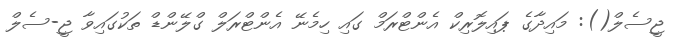
ޖީސެލް(): މައިދާގެ ޕައިލޮރިކް އެންޓްރަމް ގައި ހިމެނޭ އެންޓްރަލް ގްލޭންޑް ތަކުގައިވާ ޖީ-ސެލް